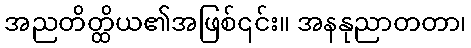
အညတိတ္ထိယ၏အဖြစ်၎င်း။ အနနုညာတတာ၊